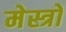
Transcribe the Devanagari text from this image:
मेस्त्रो